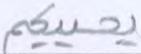
يحييكم